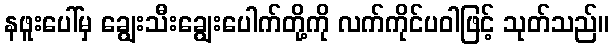
နဖူးပေါ်မှ ချွေးသီးချွေးပေါက်တို့ကို လက်ကိုင်ပဝါဖြင့် သုတ်သည်။